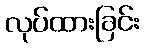
လုပ်ထားခြင်း